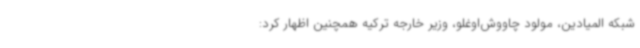
شبکه المیادین، مولود چاووش‌اوغلو، وزیر خارجه ترکیه همچنین اظهار کرد: